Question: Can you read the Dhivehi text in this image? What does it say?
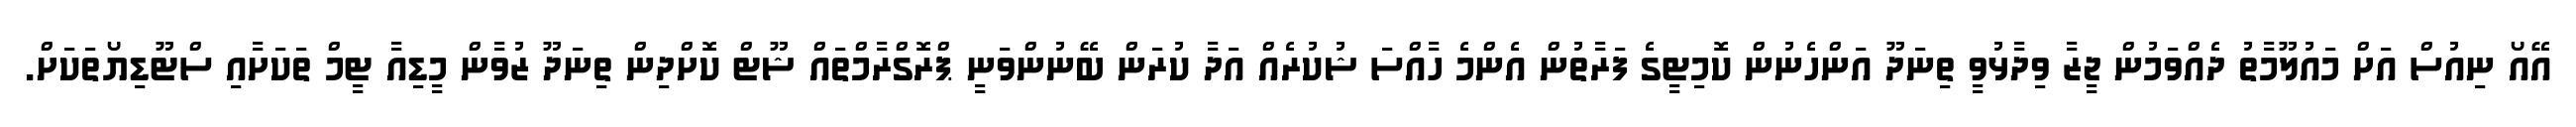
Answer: އޭއޯ ނިއުސް އަށް މައުލޫމާތު ދެއްވަމުން ޖީޒާ ވިދާޅުވީ ތިނަދޫ އަންހެނުން ކޮމިޓީގެ ފަރާތުން އެންމެ ހާއްސަ ޝުކުރެއް އަދާ ކުރަން ބޭނުންވަނީ ޕްރޮގްރާމްތައް ޝޫޓް ކޮށްދިން ތިނަދޫ ޒުވާން މީޑިއާ ޓީމް ތަކަށާއި ސްޓޫޑިޔޯތަކަށް.